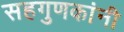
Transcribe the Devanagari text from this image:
सहगुणकांनी